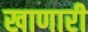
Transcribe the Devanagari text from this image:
खाणारी